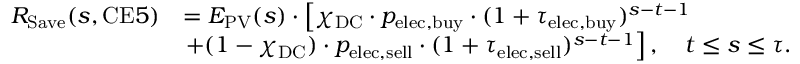
\begin{array} { r l } { R _ { \mathrm { S a v e } } ( s , \mathrm { C E } 5 ) } & { = E _ { \mathrm { P V } } ( s ) \cdot \left[ \chi _ { \mathrm { D C } } \cdot p _ { \mathrm { e l e c } , \mathrm { b u y } } \cdot ( 1 + \tau _ { \mathrm { e l e c } , \mathrm { b u y } } ) ^ { s - t - 1 } \right. } \\ & { \left. + ( 1 - \chi _ { \mathrm { D C } } ) \cdot p _ { \mathrm { e l e c } , \mathrm { s e l l } } \cdot ( 1 + \tau _ { \mathrm { e l e c } , \mathrm { s e l l } } ) ^ { s - t - 1 } \right] , \quad t \leq s \leq \tau . } \end{array}